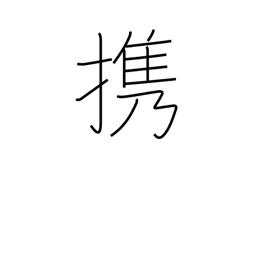
Meaning: carry (in hand)